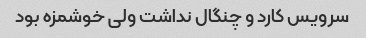
سرویس کارد و چنگال نداشت ولی خوشمزه بود